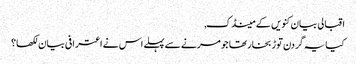
اقبالی بیان کنویں کے مینڈک,
کیا یہ گردن توڑ بخار تھا جو مرنے سے پہلے اس نے اعترافی بیان لکھا؟